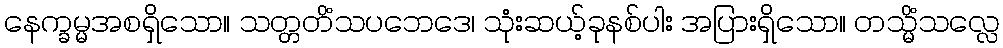
နေက္ခမ္မအစရှိသော။ သတ္တတိံသပဘေဒေ၊ သုံးဆယ့်ခုနစ်ပါး အပြားရှိသော။ တသ္မိံသလ္လေ